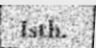
Isth.